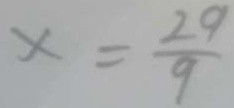
x = \frac { 2 9 } { 9 }